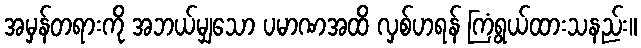
အမှန်တရားကို အဘယ်မျှသော ပမာဏအထိ လှစ်ဟရန် ကြံရွယ်ထားသနည်း။